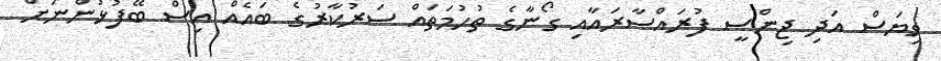
ވިޔަސް އަދި ޖިންސީ ފުރައްސާރައާއި ގޯނާގެ ތުހުމަތައް ސަރުކާރުގެ ބައެއް އިސް ބޭފުޅުންނަށް